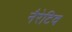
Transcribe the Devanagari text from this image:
नैरेटिव